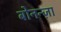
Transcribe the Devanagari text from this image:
बोनन्ज़ा